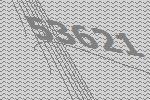
53621